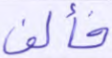
فألف